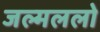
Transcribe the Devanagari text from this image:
जल्मललो